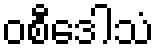
ဝစီဒေါသံ